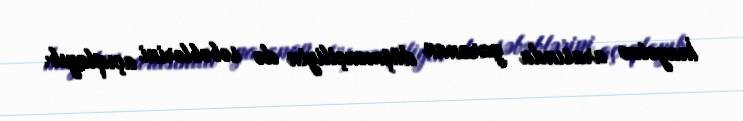
İnayətov arasında yaranan düşmənçiliyin də səbəblərini açıqlayıb.